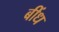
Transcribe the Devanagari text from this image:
बींध